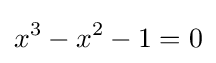
x^{3}-x^{2}-1=0